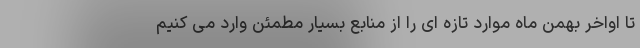
تا اواخر بهمن ماه موارد تازه ای را از منابع بسیار مطمئن وارد می کنیم